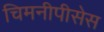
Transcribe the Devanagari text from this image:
चिमनीपीसेस